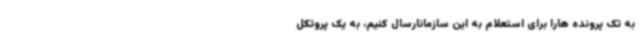
به تک پرونده هارا برای استعلام به این سازمانارسال کنیم، به یک پروتکل